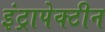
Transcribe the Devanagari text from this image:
इंट्रापेक्टीन